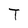
Character: T